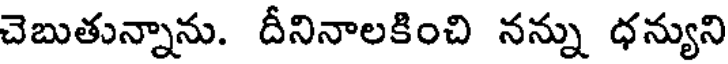
చెబుతున్నాను. దీనినాలకించి నన్ను ధన్యుని